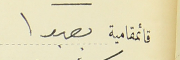
قائمقامية بعبدا